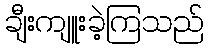
ချီးကျူးခဲ့ကြသည်